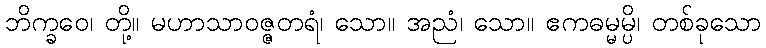
ဘိက္ခဝေ၊ တို့။ မဟာသာဝဇ္ဇတရံ၊ သော။ အညံ၊ သော။ ဧကဓမ္မမ္ပိ၊ တစ်ခုသော